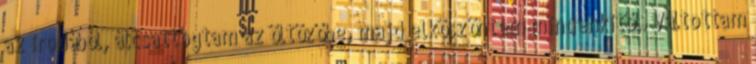
az irodából, átcsattogtam az öltözőbe, majd elköszöntem mindenkitől. Váltottam